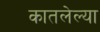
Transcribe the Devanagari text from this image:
कातलेल्या